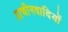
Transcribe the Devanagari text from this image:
प्राचीनवादियों